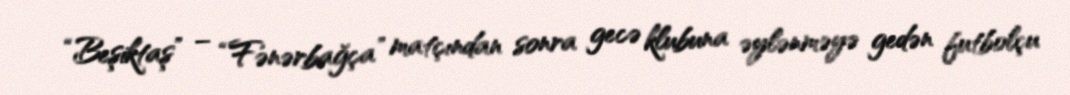
“Beşiktaş” – “Fənərbağça” matçından sonra gecə klubuna əylənməyə gedən futbolçu